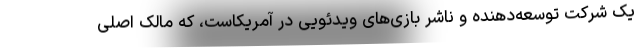
یک شرکت توسعه‌دهنده و ناشر بازی‌های ویدئویی در آمریکاست، که مالک اصلی